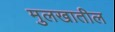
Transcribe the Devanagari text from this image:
मुलखातील